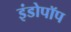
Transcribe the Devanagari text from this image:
इंडोपॉप